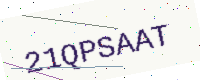
Text: 21QPSAAT